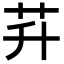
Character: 𦬱